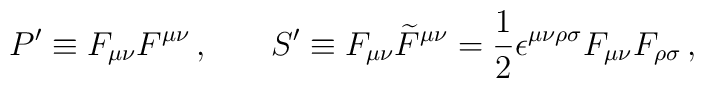
P'\equiv F_{\mu \nu }F^{\mu \nu }\, ,\medskip  \, \ \ \, \ \ \,S'\equiv F_{\mu \nu }\widetilde{F}^{\mu \nu}=\frac{1}{2}\epsilon ^{\mu \nu \rho \sigma }F_{\mu \nu}F_{\rho \sigma }\, ,